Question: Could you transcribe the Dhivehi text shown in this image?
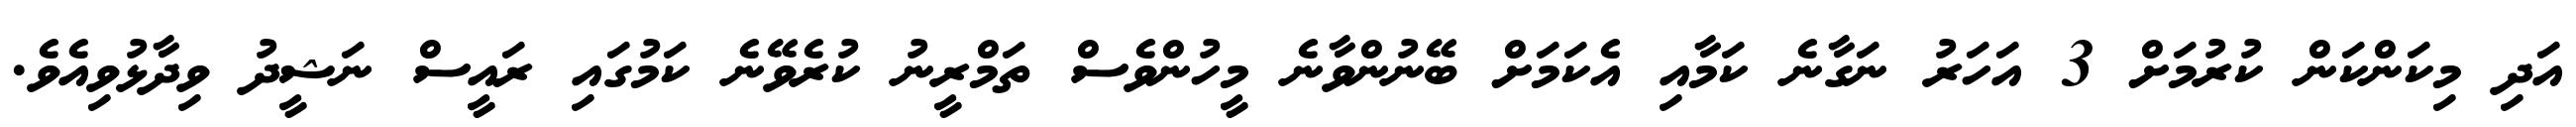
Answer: އަދި މިކަންކަން ކުރުމަށް 3 އަހަރު ނަގާނެ ކަމާއި އެކަމަށް ބޭނުންވާނެ މީހުންވެސް ތަމްރީނު ކުރެވޭނެ ކަމުގައި ރައީސް ނަޝީދު ވިދާޅުވިއެވެ.